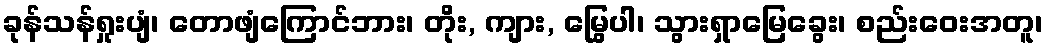
ခုန်သန်ရှုးပျံ၊ တောဖျံကြောင်ဘား၊ တိုး, ကျား, မြွေပါ၊ သွားရှာမြေခွေး၊ စည်းဝေးအတူ၊